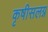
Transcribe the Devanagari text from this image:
कृषीसलग्न